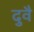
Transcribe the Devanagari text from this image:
दुवै